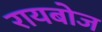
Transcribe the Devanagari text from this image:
रायबोज